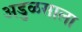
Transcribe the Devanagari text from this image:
अडुळसाला